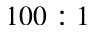
1 0 0 : 1